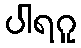
ပါရဂူ